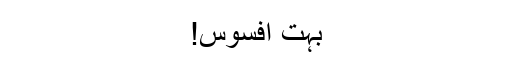
بہت افسوس!